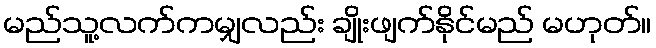
မည်သူ့လက်ကမျှလည်း ချိုးဖျက်နိုင်မည် မဟုတ်။